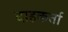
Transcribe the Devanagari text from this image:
दाहकर्ता